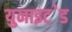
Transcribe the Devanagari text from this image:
युनाइट॓ड